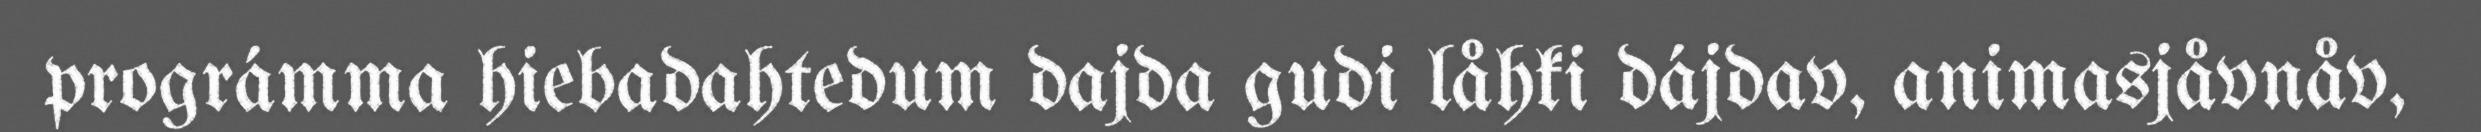
prográmma hiebadahtedum dajda gudi låhki dájdav, animasjåvnåv,